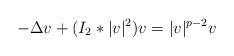
LaTeX: \begin{align*}-\Delta v+(I_2*|v|^2)v=|v|^{p-2}v\quad\end{align*}